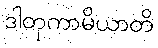
ဒါတုကာမိယာတိ